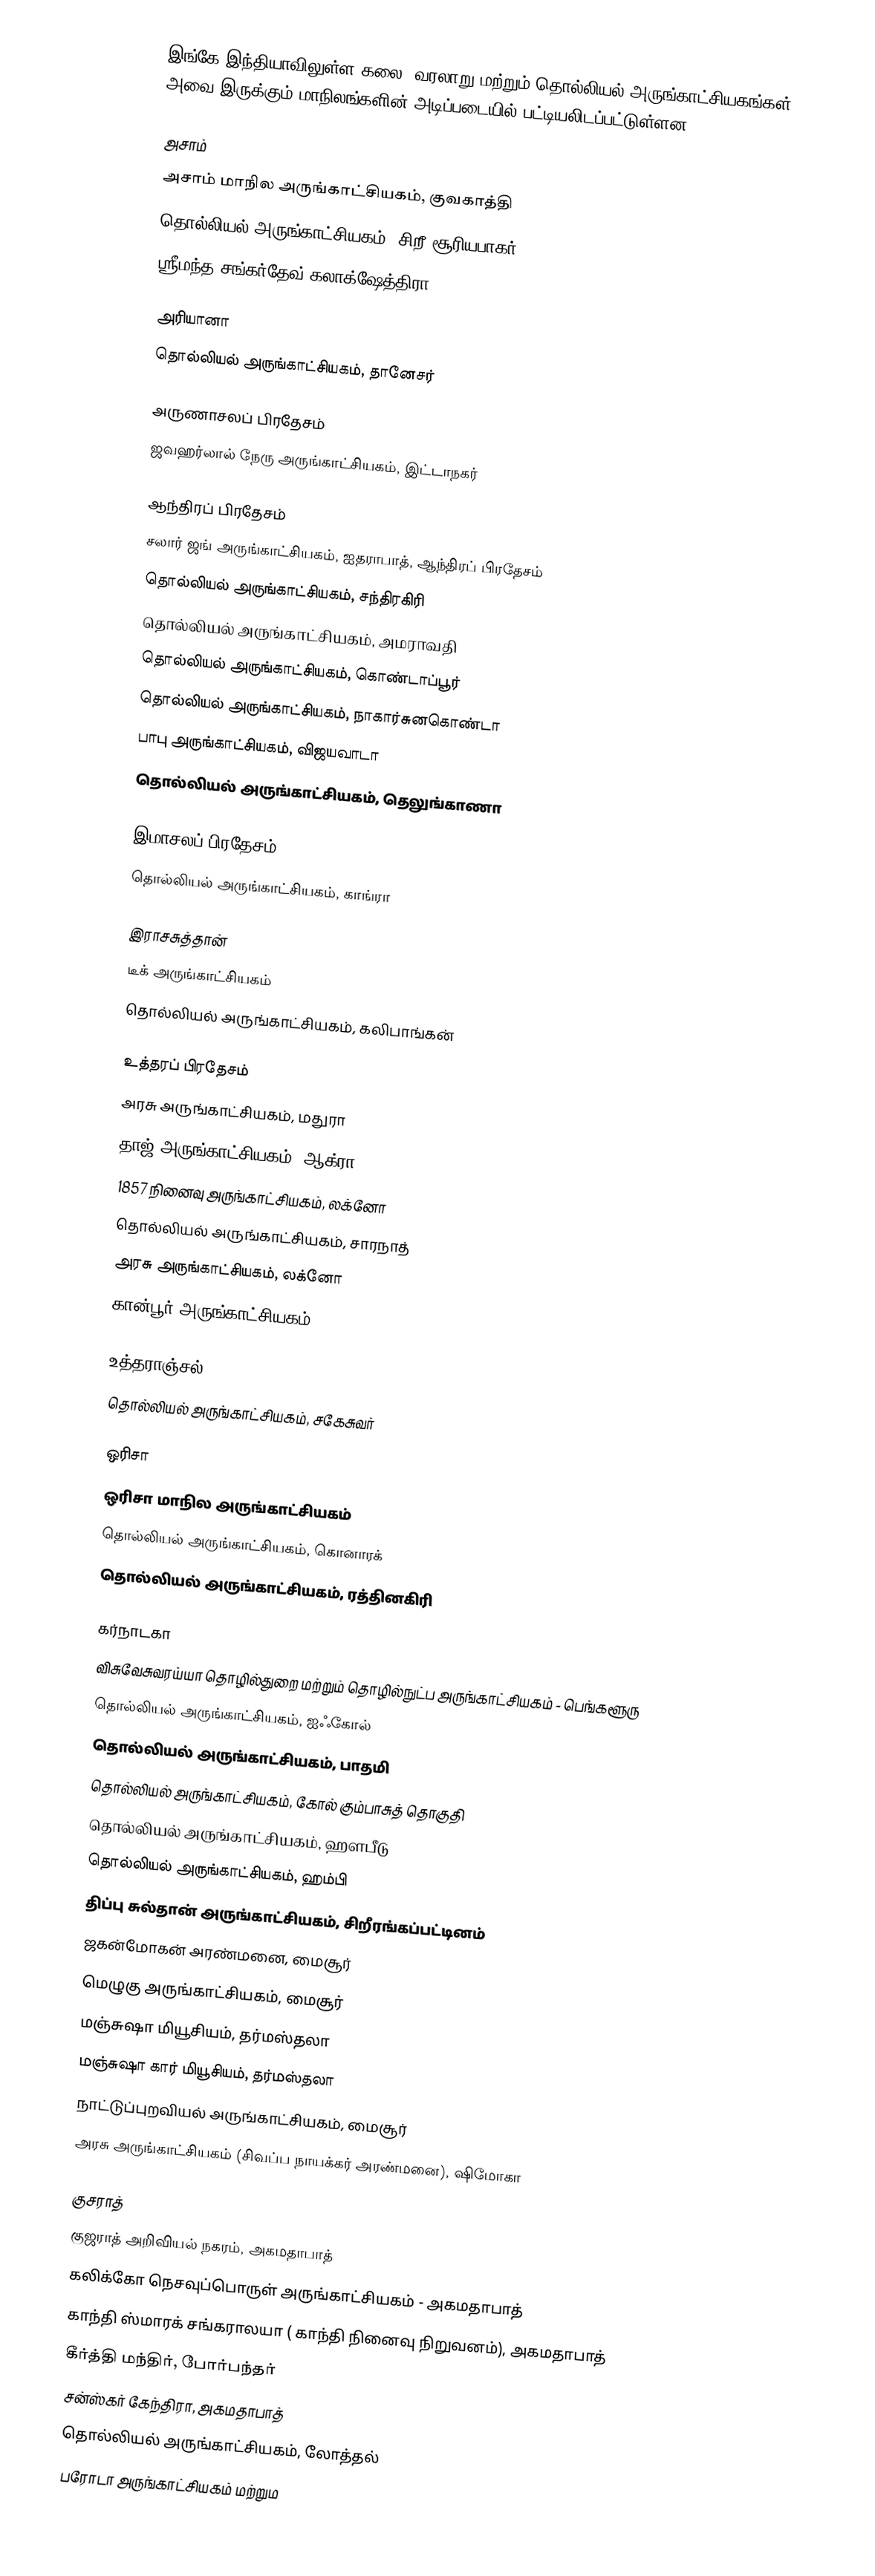
இங்கே இந்தியாவிலுள்ள கலை, வரலாறு மற்றும் தொல்லியல் அருங்காட்சியகங்கள் அவை இருக்கும் மாநிலங்களின் அடிப்படையில் பட்டியலிடப்பட்டுள்ளன.

அசாம்
 அசாம் மாநில அருங்காட்சியகம், குவகாத்தி
 தொல்லியல் அருங்காட்சியகம், சிறீ சூரியபாகர்
 ஸ்ரீமந்த சங்கர்தேவ் கலாக்ஷேத்திரா

அரியானா
 தொல்லியல் அருங்காட்சியகம், தானேசர்

அருணாசலப் பிரதேசம்
 ஜவஹர்லால் நேரு அருங்காட்சியகம், இட்டாநகர்

ஆந்திரப் பிரதேசம்
 சலார் ஜங் அருங்காட்சியகம், ஐதராபாத், ஆந்திரப் பிரதேசம்
 தொல்லியல் அருங்காட்சியகம், சந்திரகிரி
 தொல்லியல் அருங்காட்சியகம், அமராவதி
 தொல்லியல் அருங்காட்சியகம், கொண்டாப்பூர்
 தொல்லியல் அருங்காட்சியகம், நாகார்சுனகொண்டா
 பாபு அருங்காட்சியகம், விஜயவாடா
 தொல்லியல் அருங்காட்சியகம், தெலுங்காணா

இமாசலப் பிரதேசம்
 தொல்லியல் அருங்காட்சியகம், காங்ரா

இராசசுத்தான்
 டீக் அருங்காட்சியகம்
 தொல்லியல் அருங்காட்சியகம், கலிபாங்கன்

உத்தரப் பிரதேசம்
 அரசு அருங்காட்சியகம், மதுரா
 தாஜ் அருங்காட்சியகம், ஆக்ரா
 1857 நினைவு அருங்காட்சியகம், லக்னோ
 தொல்லியல் அருங்காட்சியகம், சாரநாத்
 அரசு அருங்காட்சியகம், லக்னோ
 கான்பூர் அருங்காட்சியகம்

உத்தராஞ்சல்
 தொல்லியல் அருங்காட்சியகம், சகேசுவர்

ஒரிசா
 ஒரிசா மாநில அருங்காட்சியகம்
 தொல்லியல் அருங்காட்சியகம், கொனாரக்
 தொல்லியல் அருங்காட்சியகம், ரத்தினகிரி

கர்நாடகா
 விசுவேசுவரய்யா தொழில்துறை மற்றும் தொழில்நுட்ப அருங்காட்சியகம் - பெங்களூரு
 தொல்லியல் அருங்காட்சியகம், ஐஃகோல்
 தொல்லியல் அருங்காட்சியகம், பாதமி
 தொல்லியல் அருங்காட்சியகம், கோல் கும்பாசுத் தொகுதி
 தொல்லியல் அருங்காட்சியகம், ஹளபீடு
 தொல்லியல் அருங்காட்சியகம், ஹம்பி
 திப்பு சுல்தான் அருங்காட்சியகம், சிறீரங்கப்பட்டினம்
 ஜகன்மோகன் அரண்மனை, மைசூர்
 மெழுகு அருங்காட்சியகம், மைசூர்
 மஞ்சுஷா மியூசியம், தர்மஸ்தலா
 மஞ்சுஷா கார் மியூசியம், தர்மஸ்தலா
 நாட்டுப்புறவியல் அருங்காட்சியகம், மைசூர்
 அரசு அருங்காட்சியகம் (சிவப்ப நாயக்கர் அரண்மனை), ஷிமோகா

குசராத்
 குஜராத் அறிவியல் நகரம், அகமதாபாத்
 கலிக்கோ நெசவுப்பொருள் அருங்காட்சியகம் - அகமதாபாத்
 காந்தி ஸ்மாரக் சங்கராலயா ( காந்தி நினைவு நிறுவனம்), அகமதாபாத்
 கீர்த்தி மந்திர், போர்பந்தர்
 சன்ஸ்கர் கேந்திரா, அகமதாபாத்
 தொல்லியல் அருங்காட்சியகம், லோத்தல்
 பரோடா அருங்காட்சியகம் மற்றும